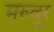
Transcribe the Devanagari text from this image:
मरुवूर